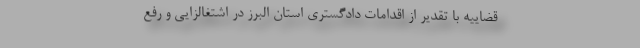
قضاییه با تقدیر از اقدامات دادگستری استان البرز در اشتغالزایی و رفع